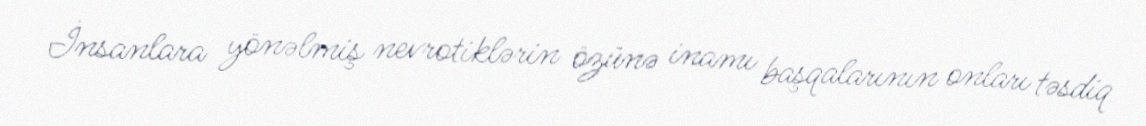
İnsanlara yönəlmiş nevrotiklərin özünə inamı başqalarının onları təsdiq